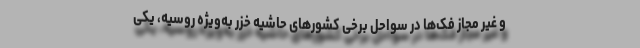
و غیر مجاز فک‌ها در سواحل برخی کشور‌های حاشیه خزر به‌ویژه روسیه، یکی